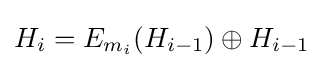
H_{i}=E_{m_{i}}{(H_{i-1})}\oplus {H_{i-1}}